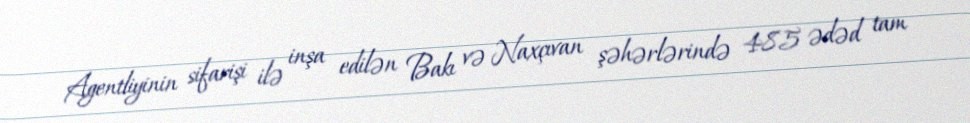
Agentliyinin sifarişi ilə inşa edilən Bakı və Naxçıvan şəhərlərində 485 ədəd tam